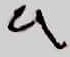
Text: 9